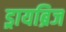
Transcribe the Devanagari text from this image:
ड्रायब्रिज